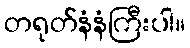
တရုတ်နံနံကြီးပါ။